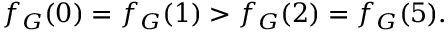
f _ { G } ( 0 ) = f _ { G } ( 1 ) > f _ { G } ( 2 ) = f _ { G } ( 5 ) .